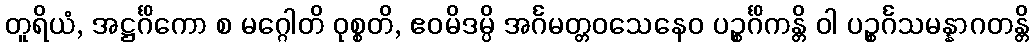
တူရိယံ, အဋ္ဌင်္ဂိကော စ မဂ္ဂေါတိ ဝုစ္စတိ, ဧဝမိဒမ္ပိ အင်္ဂမတ္တဝသေနေဝ ပဉ္စင်္ဂိကန္တိ ဝါ ပဉ္စင်္ဂသမန္နာဂတန္တိ